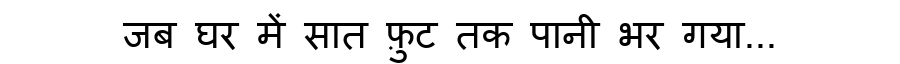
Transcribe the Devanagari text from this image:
जब घर में सात फ़ुट तक पानी भर गया...